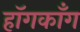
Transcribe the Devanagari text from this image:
हॉगकाँग